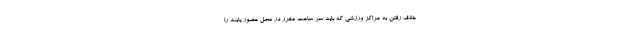
خلاف رفتن به مراکز ورزشی که باید سر ساعت مقرر در محل حضور یابند را